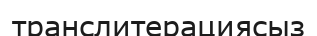
транслитерациясыз